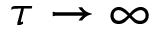
\tau \rightarrow \infty